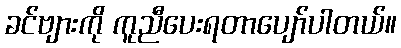
ခင်ဗျားကို ကူညီပေးရတာပျော်ပါတယ်။